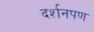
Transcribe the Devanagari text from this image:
दर्शनपण